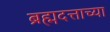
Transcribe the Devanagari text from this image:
ब्रह्मदत्ताच्या